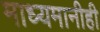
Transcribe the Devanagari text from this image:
माध्यमानीही